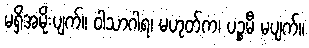
မရှိအမိုးပျက်။ ဝါသာဂါရ၊ မဟုတ်က၊ ပဉ္စမီ မပျက်။